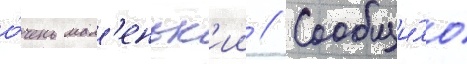
о́чень мал'еньк'ии // Сообщи́ло